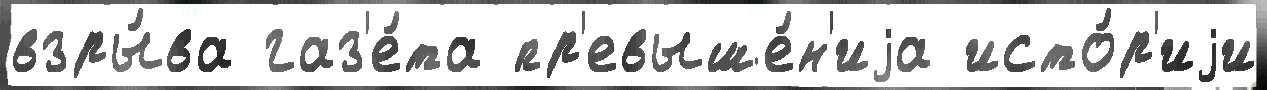
взры́ва газ'е́та пр'евыше́н'иjа исто́р'иjи